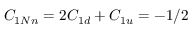
C _ { 1 N n } = 2 C _ { 1 d } + C _ { 1 u } = - 1 / 2